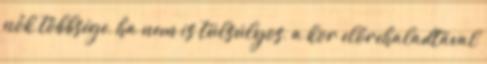
nők többsége, ha nem is túlsúlyos, a kor előrehaladtával